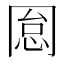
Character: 𠕡